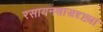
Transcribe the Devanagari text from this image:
रसायनशास्त्रदृष्ट्या